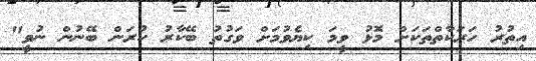
އިތުރު ހަރަކާތްތަކަށް މޮޅު ވީމަ ކިޔެވުމަށް ވަގުތު ބޭކާރު ކުރަން ބޭނުން ނުވީ"